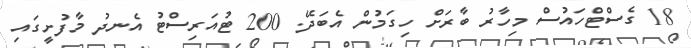
18 ގެސްޓްހައުސް މިހާރު ބާރަށް ހިގަމުން އެބަދޭ. 200 ޓުއަރިސްޓު އެނދު މާފުށީގައި